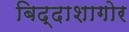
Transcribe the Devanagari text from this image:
बिद्दाशागोर